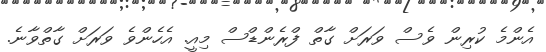
އެންމެ ކުރިން ވެސް ވަރަށް ގާތް ފްރެންޑްސް މިއީ. އެހެންވެ ވަރަށް ގާތްވާނެ.